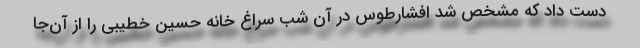
دست داد که مشخص شد افشارطوس در آن شب سراغ خانه حسین خطیبی را از آن‌جا